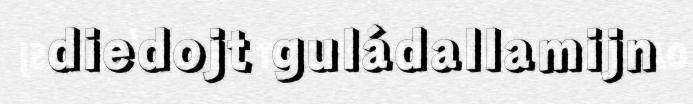
diedojt guládallamijn